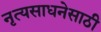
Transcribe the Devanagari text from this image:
नृत्यसाधनेसाठी